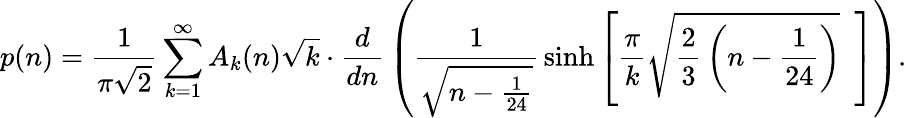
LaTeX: p(n)={\frac{1}{\pi{\sqrt{2}}}}\sum_{k=1}^{\infty}A_{k}(n){\sqrt{k}}\cdot{\frac{d}{dn}}\left({{\frac{1}{\sqrt{n-{\frac{1}{24}}}}}\sinh\left[{{\frac{\pi}{k}}{\sqrt{{\frac{2}{3}}\left(n-{\frac{1}{24}}\right)}}}\, \, \, \right]}\right).